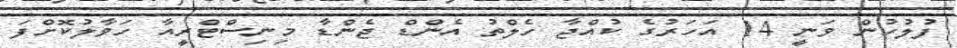
ފުލުހުން ވަނީ 14 އަހަރުގެ ކުއްޖާ ހެލްތު އެންޑް ޖެންޑާ މިނިސްޓްރީއާ ހަވާލުކޮށްފަ